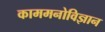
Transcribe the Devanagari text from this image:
काममनोविज्ञान